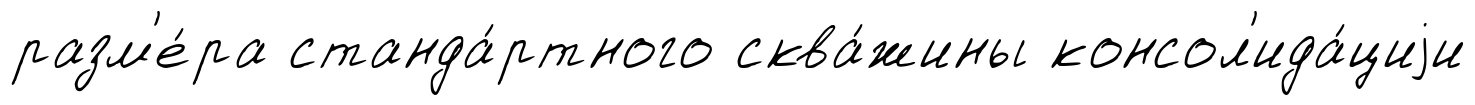
разм'е́ра станда́ртного сква́жины консол'ида́циjи